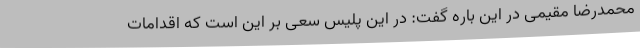
محمدرضا مقیمی در این باره گفت: در این پلیس سعی بر این است که اقدامات